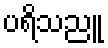
ပရိသညူ